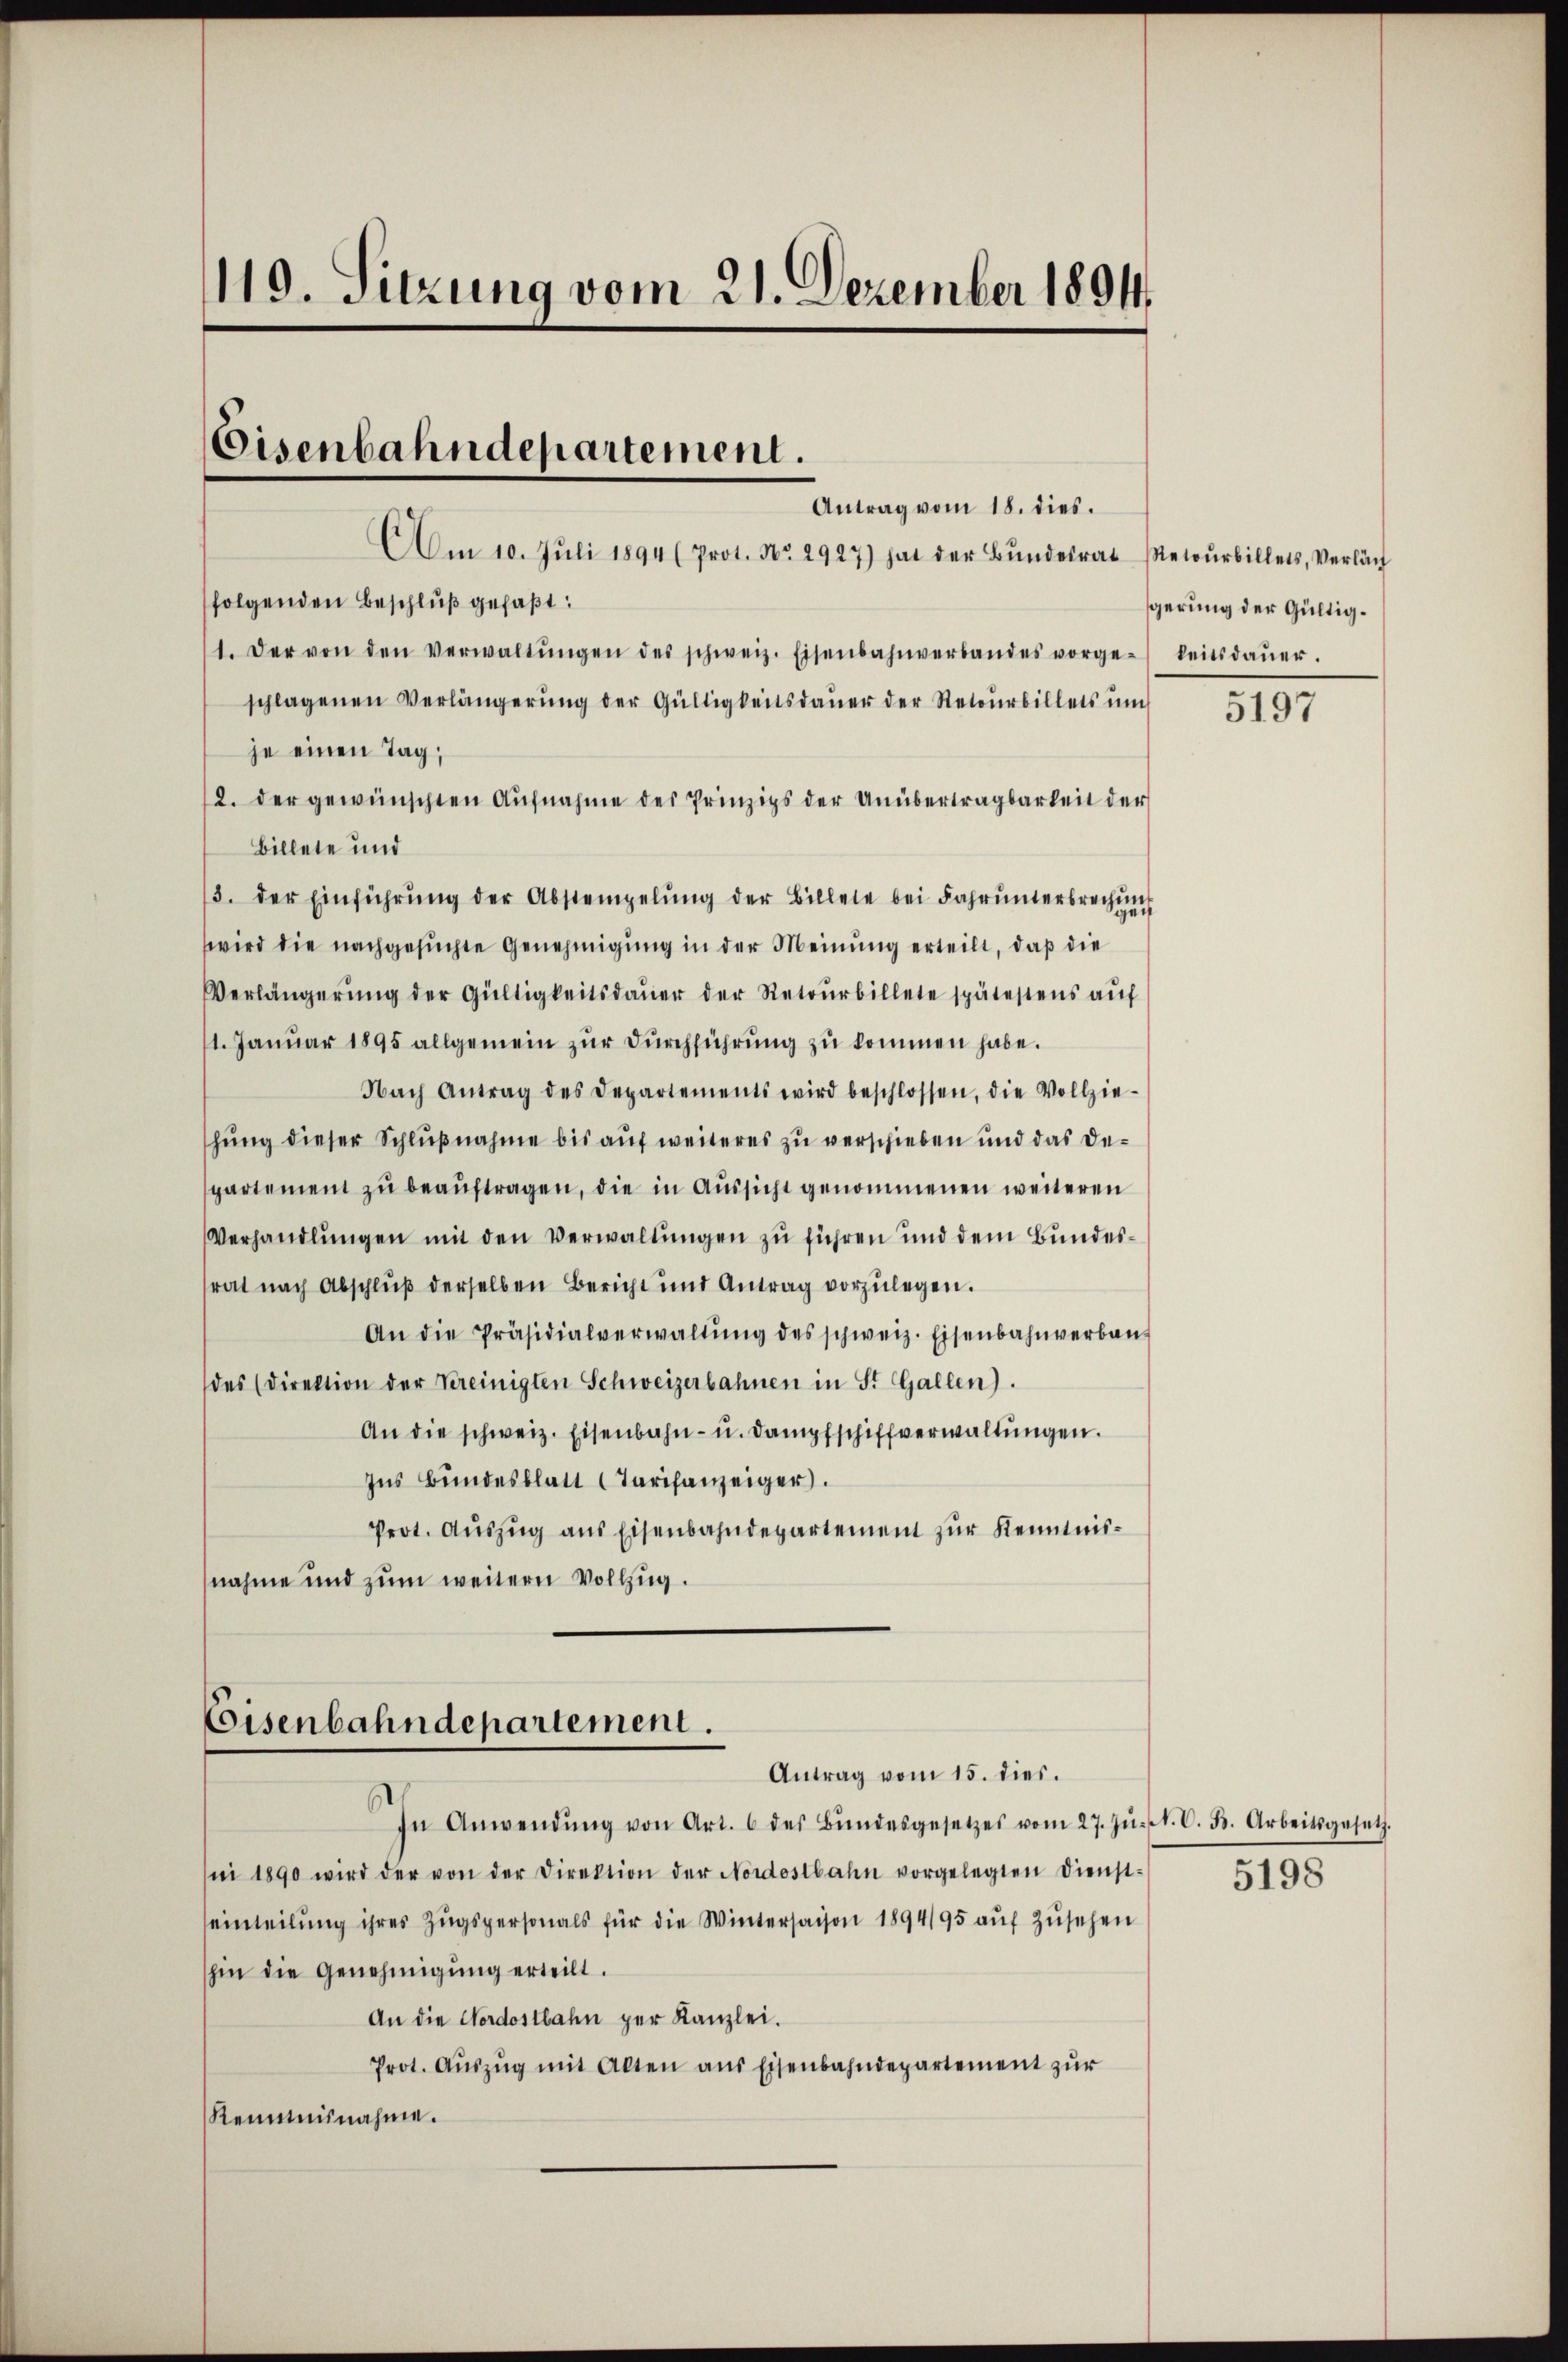
119. Sitzung vom 21. Dezember 1894.

Eisenbahndepartement.
Antrag vom 18. dies.

AAm 10. Jŭli 1894 (Prot. No. 2947) hat der Bŭndesrat Metoŭrbillets, Verläch
folgenden Beschluß gefaßt:
1. Der von den Verwaltŭngen des schweiz. Eisenbahnverbandes vorge-keitsdaŭer.
schlagenen Verlängerŭng der Gültigkeitsdaŭer der Retourbillets ŭm
je einen Tag,
2. der gewünschten Aŭfnahme des Prinzips der Unübertragbarkeit der
Billete und
/3. der Einführŭng der Abstempelŭng der Billete bei Fahrŭnterbrechŭng
wird die nachgesuchte Genehmigung in der Meinung erteilt, daß die
Verlängerŭng der Gültigkeitsdaŭer der Retourbillete spätestens aŭf
1. Januar 1895 allgemein zŭr dŭrchführŭng zu kommen habe.
Nach Antrag des Departements wird beschlossen, die Vollzie-
shung dieser Schlußnahme bis auf weiteres zu verschieben und das Despartement zu beaŭftragen, die in Aussicht genommenen weiteren
Verhandlŭngen mit den Verwaltungen zu führen und dem Bundesrat nach Abschluß derselben Bericht und Antrag vorzŭlegen.
An die Präsidialverwaltŭng des schweiz. Eisenbahnverban-
des (direktion der Vereinigten Schweizerbahnen in St. Gallen).
An die schweiz. Eisenbahn- u. Dampfschiffverwaltungen.
Ins Bundesblatt (Tarifanzeiger.
Prot. Auszug aus Eisenbahndepartement zur Kenntnisnahme und zum weitern Vollzug.

Coisenbahndepartement.
Antrag vom 15. dies.

In Anwendŭng von Art. 6 des Bŭndesgesetzes vom 27. Jŭ. l. C. B. Arbeitsgesetz
ni 1890 wird der von der Direktion der Nordostbahn vorgelegten Dienst-
einteilung ihres Zugspersonals für die Wintersaison 1894/95 auf Zusehen
hin die Genehmigŭng erteilt.
An die Nordostbahn per Kanzlei.
Prot. Aŭszŭg mit Alten aus Eisenbahndepartement zur
Renntnisnahme.

gerung der Gültig¬

5197

5198